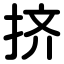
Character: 挤